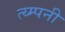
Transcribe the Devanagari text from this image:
त्य्म्पनी